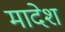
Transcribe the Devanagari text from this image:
मादेश